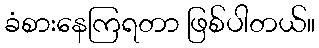
ခံစားနေကြရတာ ဖြစ်ပါတယ်။